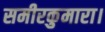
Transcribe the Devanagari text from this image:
समीरकुमारा।